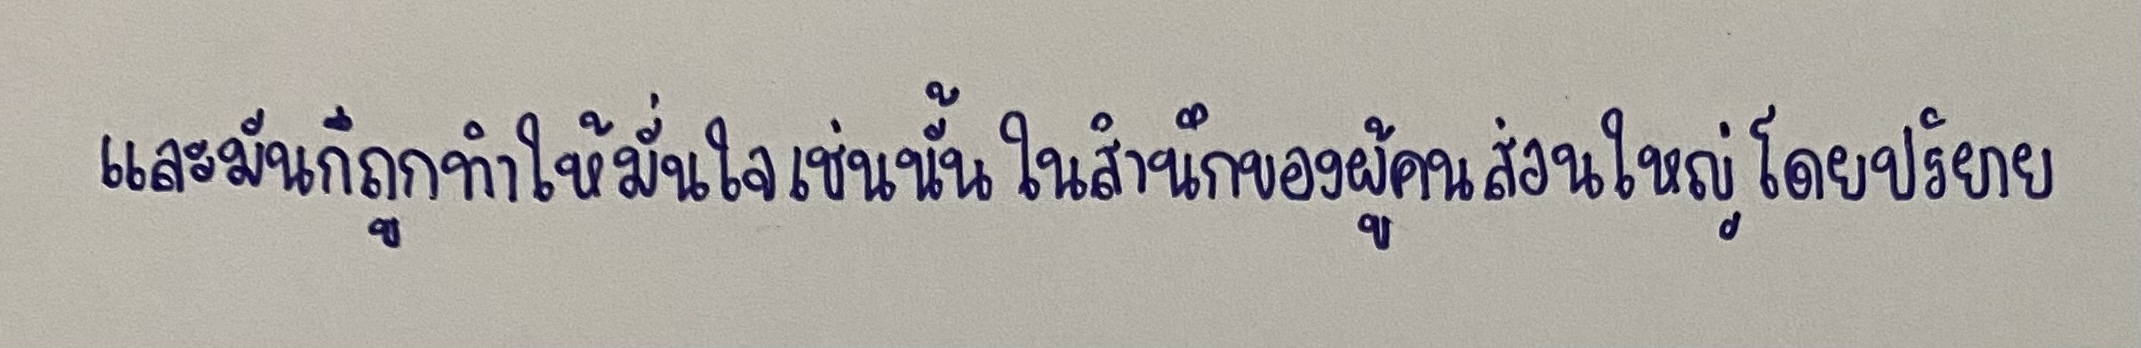
และมันก็ถูกทำให้มั่นใจเช่นนั้นในสำนึกของผู้คนส่วนใหญ่โดยปริยาย